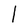
Character: l